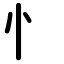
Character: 忄